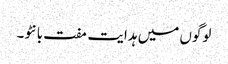
لوگوں میں ہدایت مفت بانٹو۔